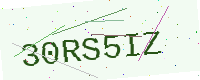
Text: 30RS5IZ